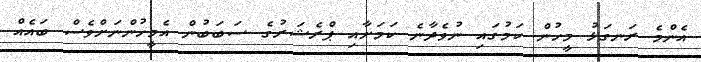
އެންމެ ރަނގަޅު މީހުން ކަމުގައި ނުވެދާނެ ކަމަށާއި ޕްރެޝަރުގެ ސަބަބުން އެމީހުންނަށްވެސް ބައެއް